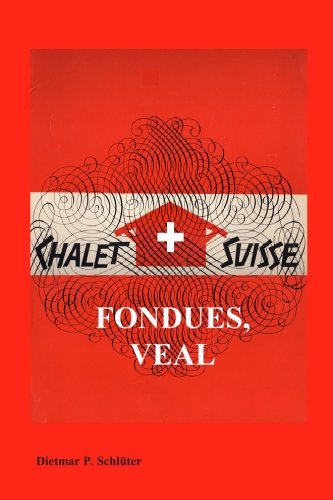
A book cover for Chalet Suisse: Fondue, Veal and More; Dietmar Schluter; Cookbooks, Food & Wine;